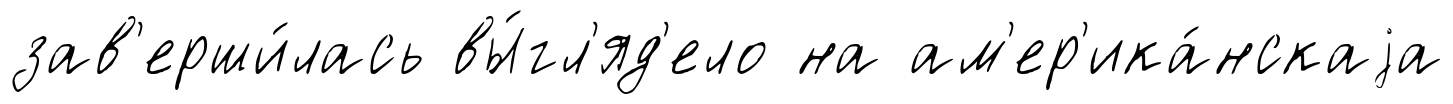
зав'ерши́лась вы́гл'яд'ело на ам'ер'ика́нскаjа